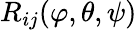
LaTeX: R_{ij}(\varphi,\theta,\psi)